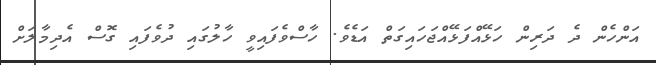
އަންހެން ދެ ދަރިން ހަޅޭއްފަޅޭއްޖަހައިގަތް އަޑެވެ. ހާސްވެފައިވީ ހާލުގައި ދުވެފައި ގޮސް އެދިމާލަށް